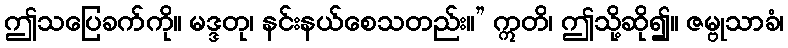
ဤသပြေခက်ကို။ မဒ္ဒတု၊ နင်းနယ်စေသတည်း။” ဣတိ၊ ဤသို့ဆို၍။ ဇမ္ဗုသာခံ၊